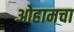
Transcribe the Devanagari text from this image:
ओहामचा